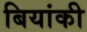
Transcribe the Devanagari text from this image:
बियांकी